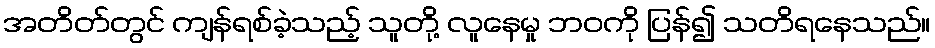
အတိတ်တွင် ကျန်ရစ်ခဲ့သည့် သူတို့ လူနေမှု ဘဝကို ပြန်၍ သတိရနေသည်။